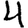
Digit: 4